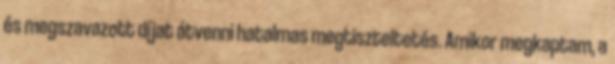
és megszavazott díjat átvenni hatalmas megtiszteltetés. Amikor megkaptam, a